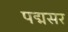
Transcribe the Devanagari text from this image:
पद्मसर